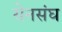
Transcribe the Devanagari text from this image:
सेनसंघ